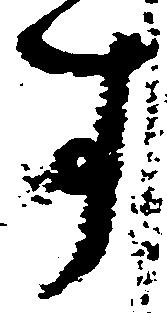
す